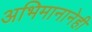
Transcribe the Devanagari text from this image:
अभिमानानेही